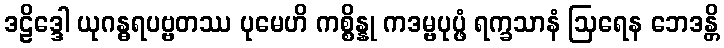
ဒဠိဒ္ဒေါ ယုဂန္ဓရပဗ္ဗတဿ ပုမေဟိ ကစ္စိန္နု ကဒမ္ဗပုပ္ဖံ ရက္ခသာနံ ဩရေန ဘေဒန္တိ